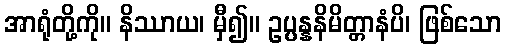
အာရုံတို့ကို။ နိဿာယ၊ မှီ၍။ ဥပ္ပန္နနိမိတ္တာနံပိ၊ ဖြစ်သော